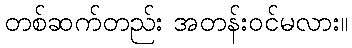
တစ်ဆက်တည်း အတန်းဝင်မလား။